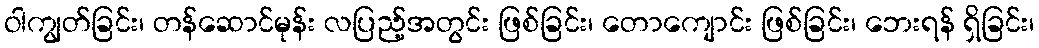
ဝါကျွတ်ခြင်း၊ တန်ဆောင်မုန်း လပြည့်အတွင်း ဖြစ်ခြင်း၊ တောကျောင်း ဖြစ်ခြင်း၊ ဘေးရန် ရှိခြင်း၊